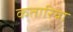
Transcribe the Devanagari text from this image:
कतारिया